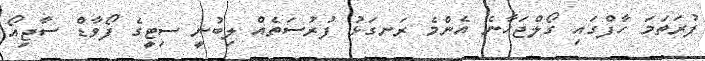
ފުރަތަމަ ހާފްގައި ގޯލްޖަހާނެ އެންމެ ރަނގަޅު ފުރުސަތެއް ލިބުނީ ސިޓީގެ ފޯވާޑް ސާޖިއޯ